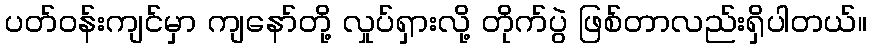
ပတ်ဝန်းကျင်မှာ ကျနော်တို့ လှုပ်ရှားလို့ တိုက်ပွဲ ဖြစ်တာလည်းရှိပါတယ်။